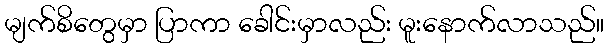
မျက်စိတွေမှာ ပြာကာ ခေါင်းမှာလည်း မူးနောက်လာသည်။